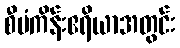
စီမံကိန်းဧရိယာအတွင်း